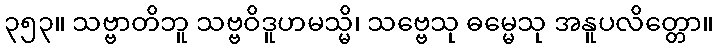
၃၅၃။ သဗ္ဗာတိဘူ သဗ္ဗဝိဒူဟမသ္မိ၊ သဗ္ဗေသု ဓမ္မေသု အနူပလိတ္တော။